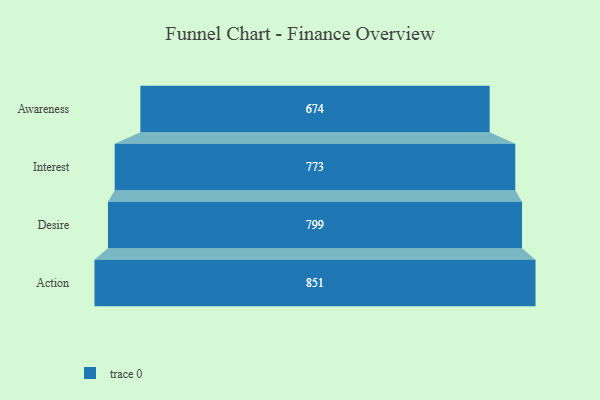
{"axis": {"x": "Stage", "y": "Value"}, "legend": [""], "data": [{"x": "Awareness", "y": 674.0, "type": ""}, {"x": "Interest", "y": 773.0, "type": ""}, {"x": "Desire", "y": 799.0, "type": ""}, {"x": "Action", "y": 851.0, "type": ""}]}